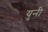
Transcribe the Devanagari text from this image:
युनी